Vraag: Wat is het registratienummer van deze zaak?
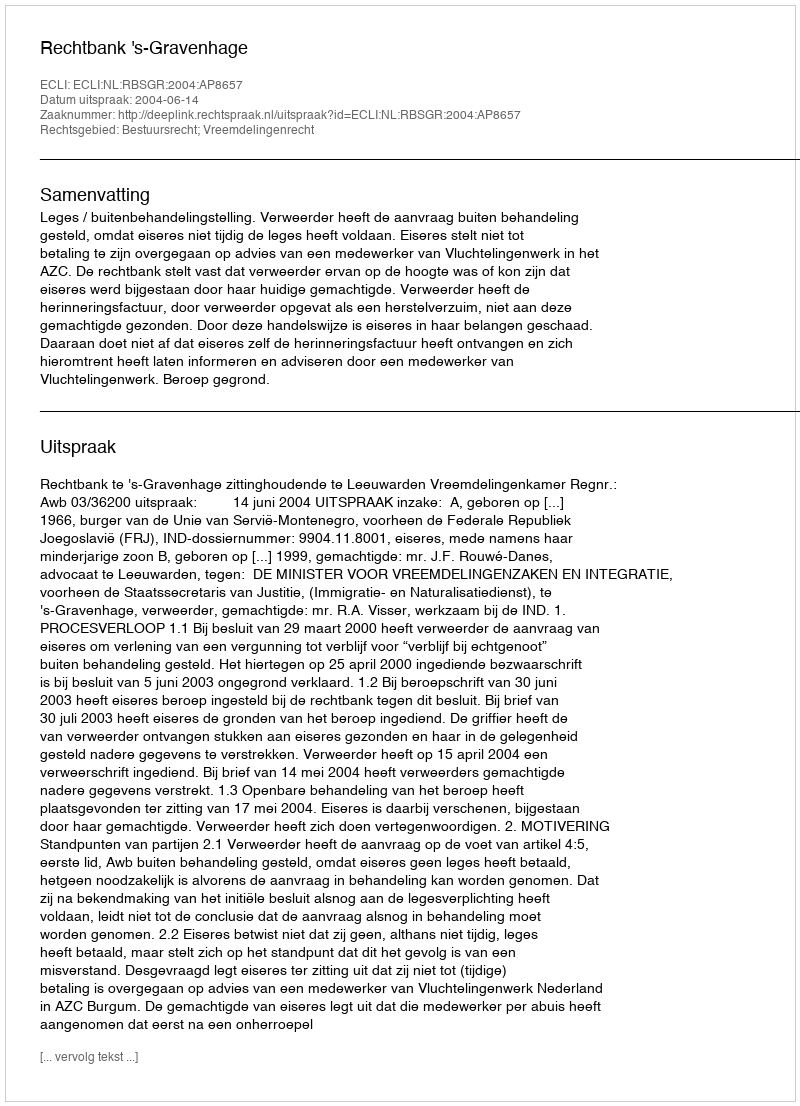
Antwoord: http://deeplink.rechtspraak.nl/uitspraak?id=ECLI:NL:RBSGR:2004:AP8657